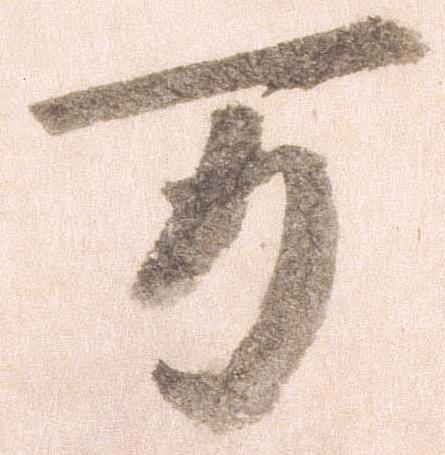
万